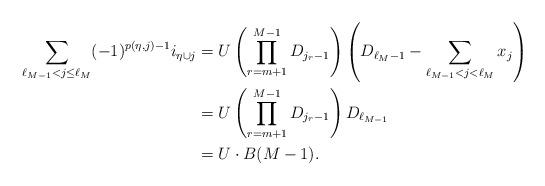
LaTeX: \begin{align*}\sum_{\ell_{M-1}<j \leq \ell_M} (-1)^{p(\eta,j)-1} i_{\eta \cup j}&= U\left(\prod_{r=m+1}^{M-1}{D_{j_{r}-1}}\right)\left(D_{\ell_M-1}-\sum_{\ell_{M-1}<j<\ell_M}{x_{j}}\right) \\&= U\left(\prod_{r=m+1}^{M-1}{D_{j_{r}-1}}\right)D_{\ell_{M-1}} \\&= U\cdot B(M-1). \end{align*}